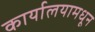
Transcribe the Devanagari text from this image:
कार्यालयामधून